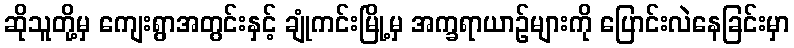
ဆိုသူတို့မှ ကျေးရွာအတွင်းနှင့် ချုံကင်းမြို့မှ အက္ခရာယာဉ်များကို ပြောင်းလဲနေခြင်းမှာ